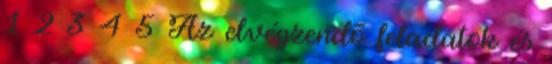
1 2 3 4 5 Az elvégzendõ feladatok és